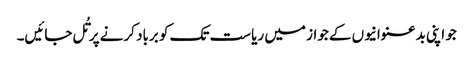
جو اپنی بدعنوانیوں کے جواز میں ریاست تک کو برباد کرنے پر تُل جائیں۔